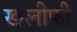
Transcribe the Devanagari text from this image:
खलीफी